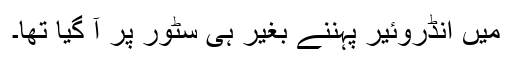
میں انڈروئیر پہننے بغیر ہی سٹور پر آ گیا تھا۔